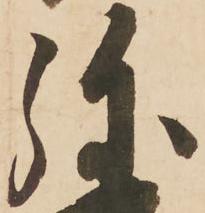
弥